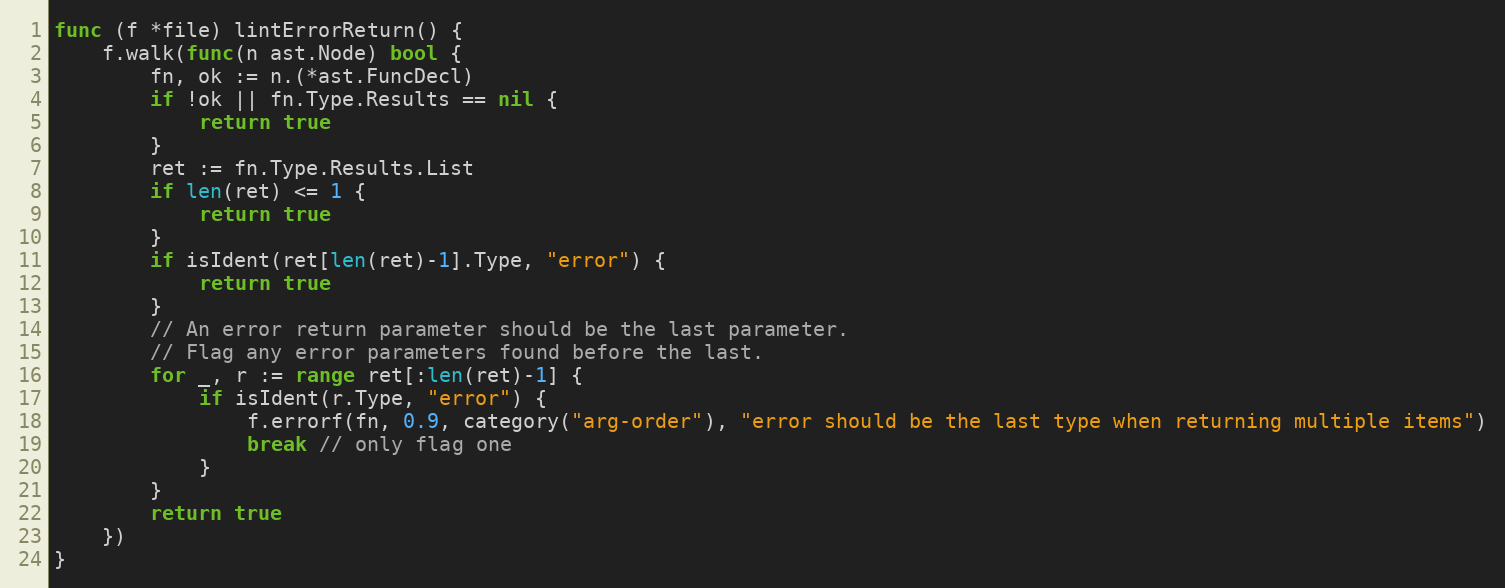
Language: Go
func (f *file) lintErrorReturn() {
	f.walk(func(n ast.Node) bool {
		fn, ok := n.(*ast.FuncDecl)
		if !ok || fn.Type.Results == nil {
			return true
		}
		ret := fn.Type.Results.List
		if len(ret) <= 1 {
			return true
		}
		if isIdent(ret[len(ret)-1].Type, "error") {
			return true
		}
		// An error return parameter should be the last parameter.
		// Flag any error parameters found before the last.
		for _, r := range ret[:len(ret)-1] {
			if isIdent(r.Type, "error") {
				f.errorf(fn, 0.9, category("arg-order"), "error should be the last type when returning multiple items")
				break // only flag one
			}
		}
		return true
	})
}